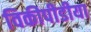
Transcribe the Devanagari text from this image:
विकीपीडीया